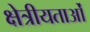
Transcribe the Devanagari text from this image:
क्षेत्रीयताओं